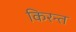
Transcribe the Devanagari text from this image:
किरन्त